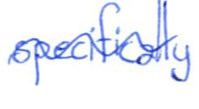
Text: specifically
Cross-out: wave
Writing tool: ballpoint